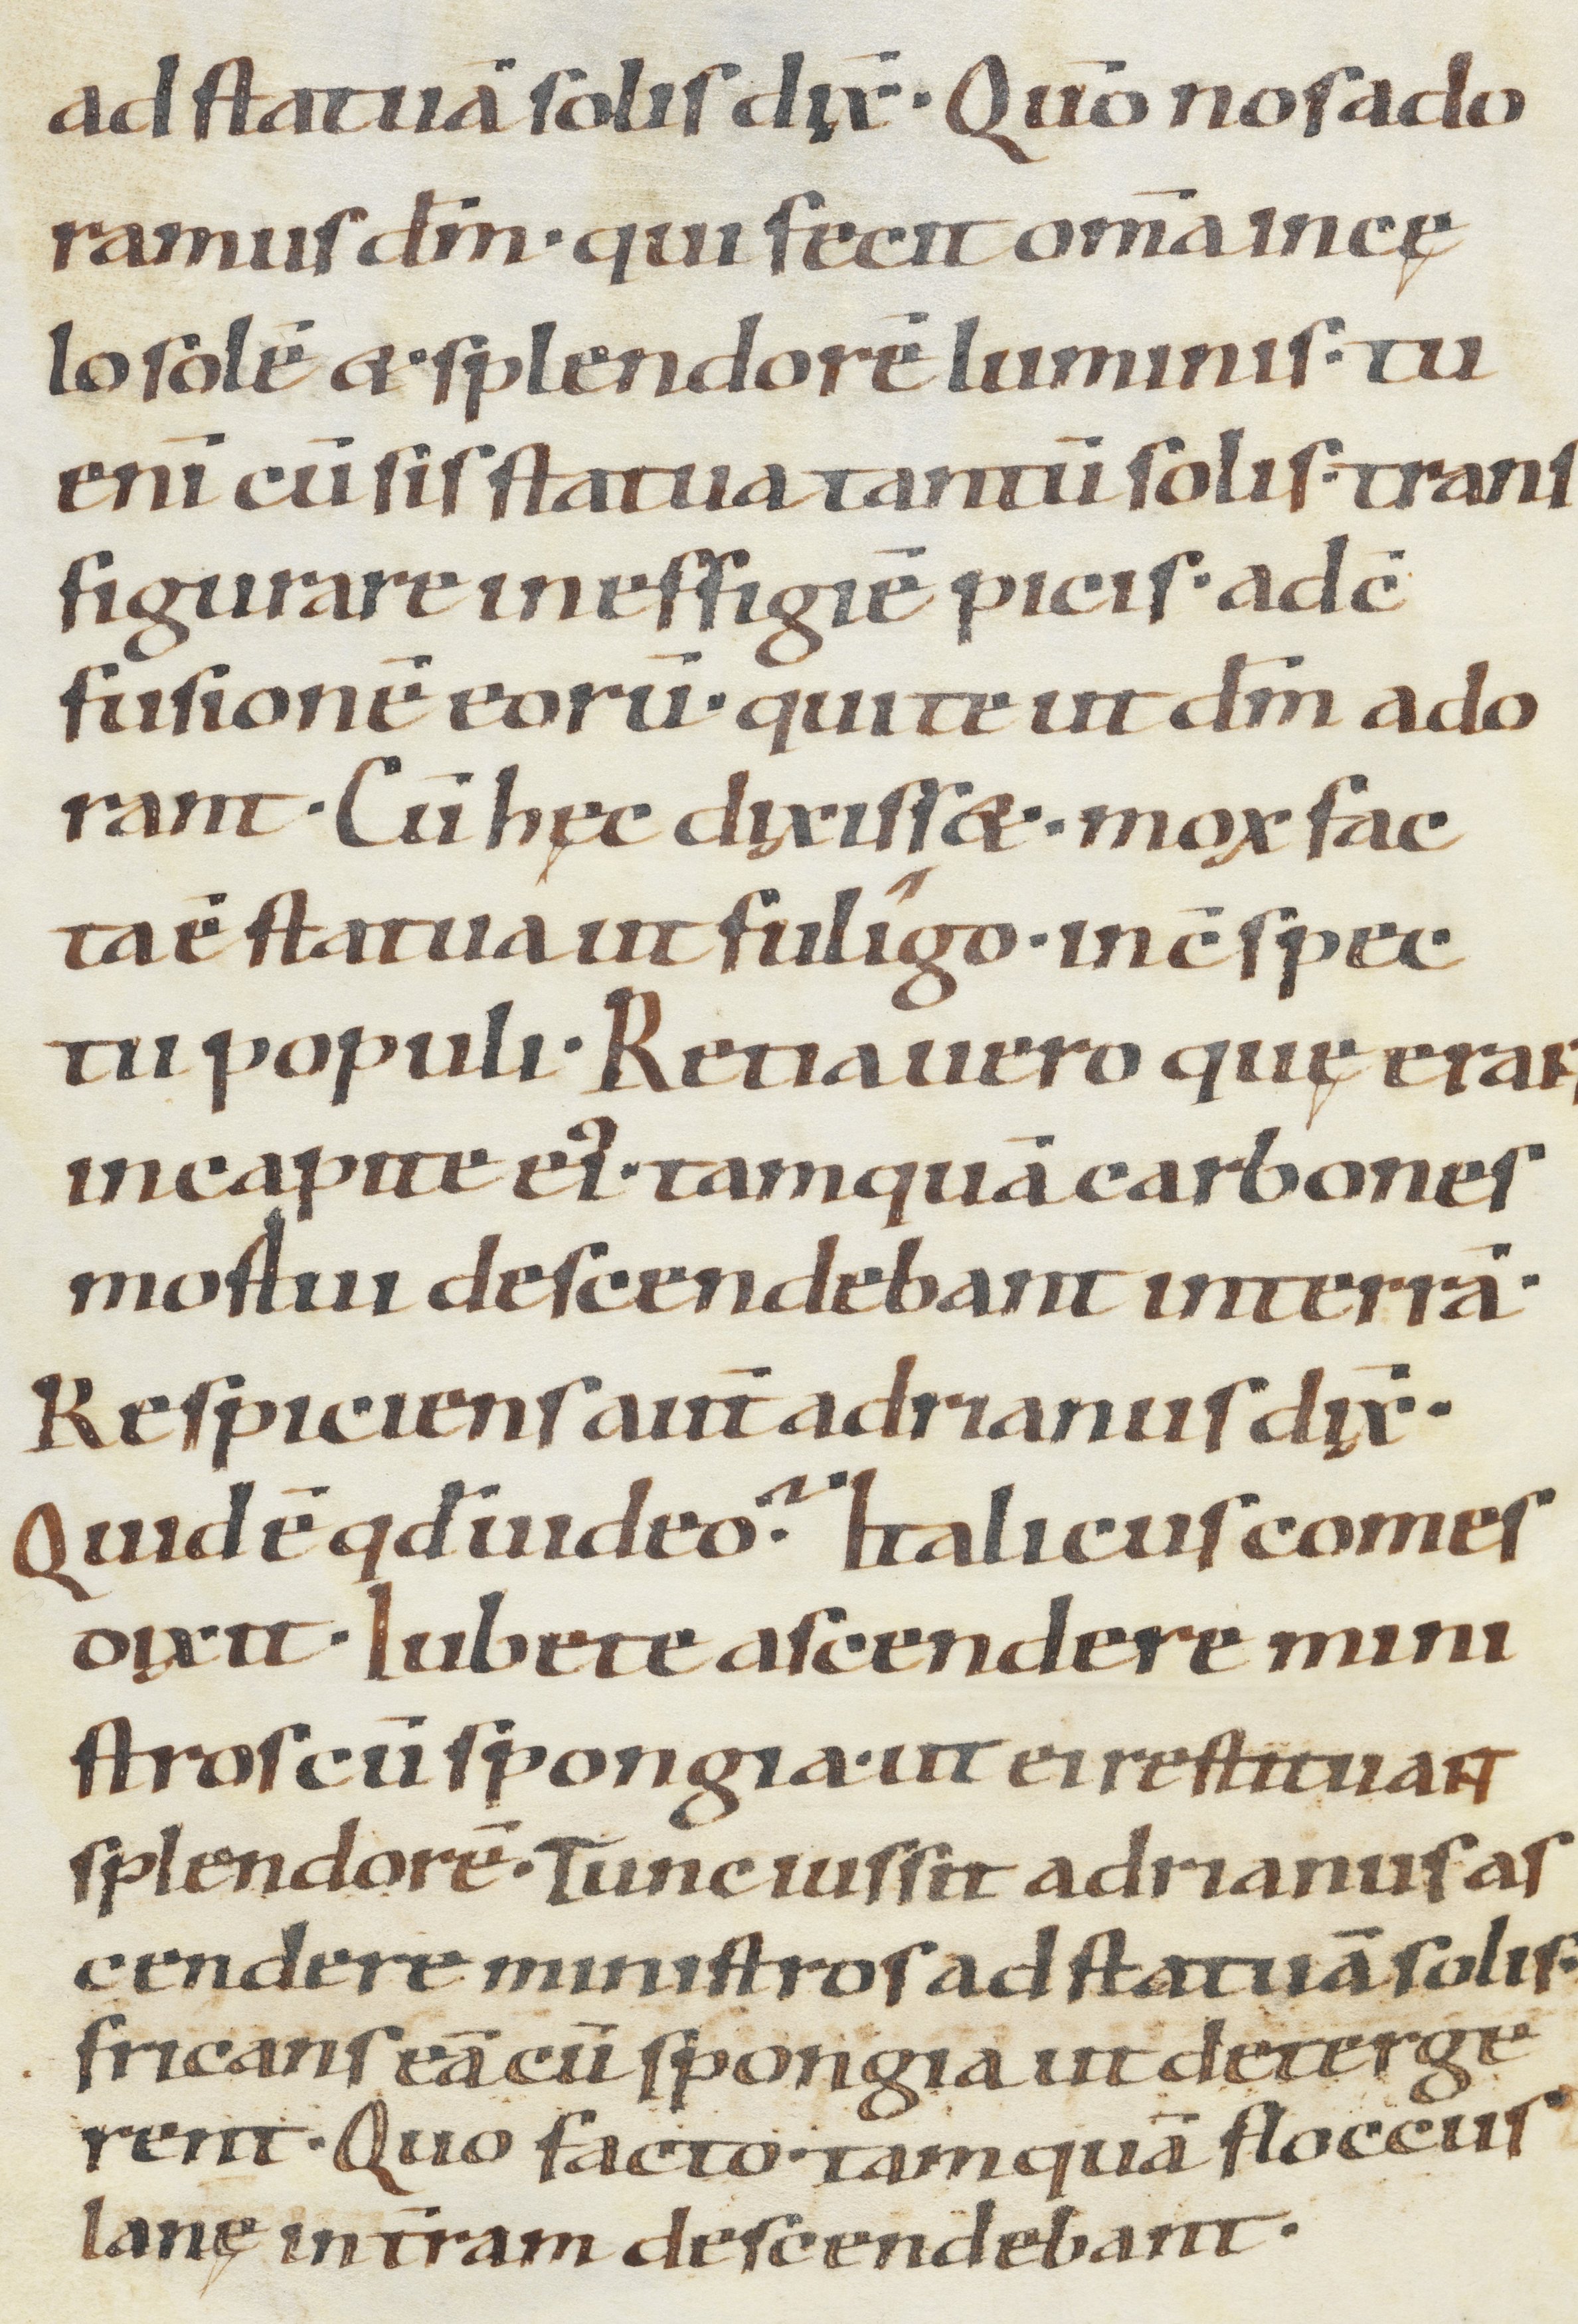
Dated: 900–1099